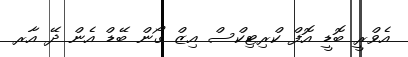
އެވްރީ ބޮޑީ އޮފް ކްރިޓިކްސް އިޒް ގޯން ބޭޑް އެން ދޭ އާރ